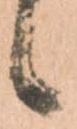
候